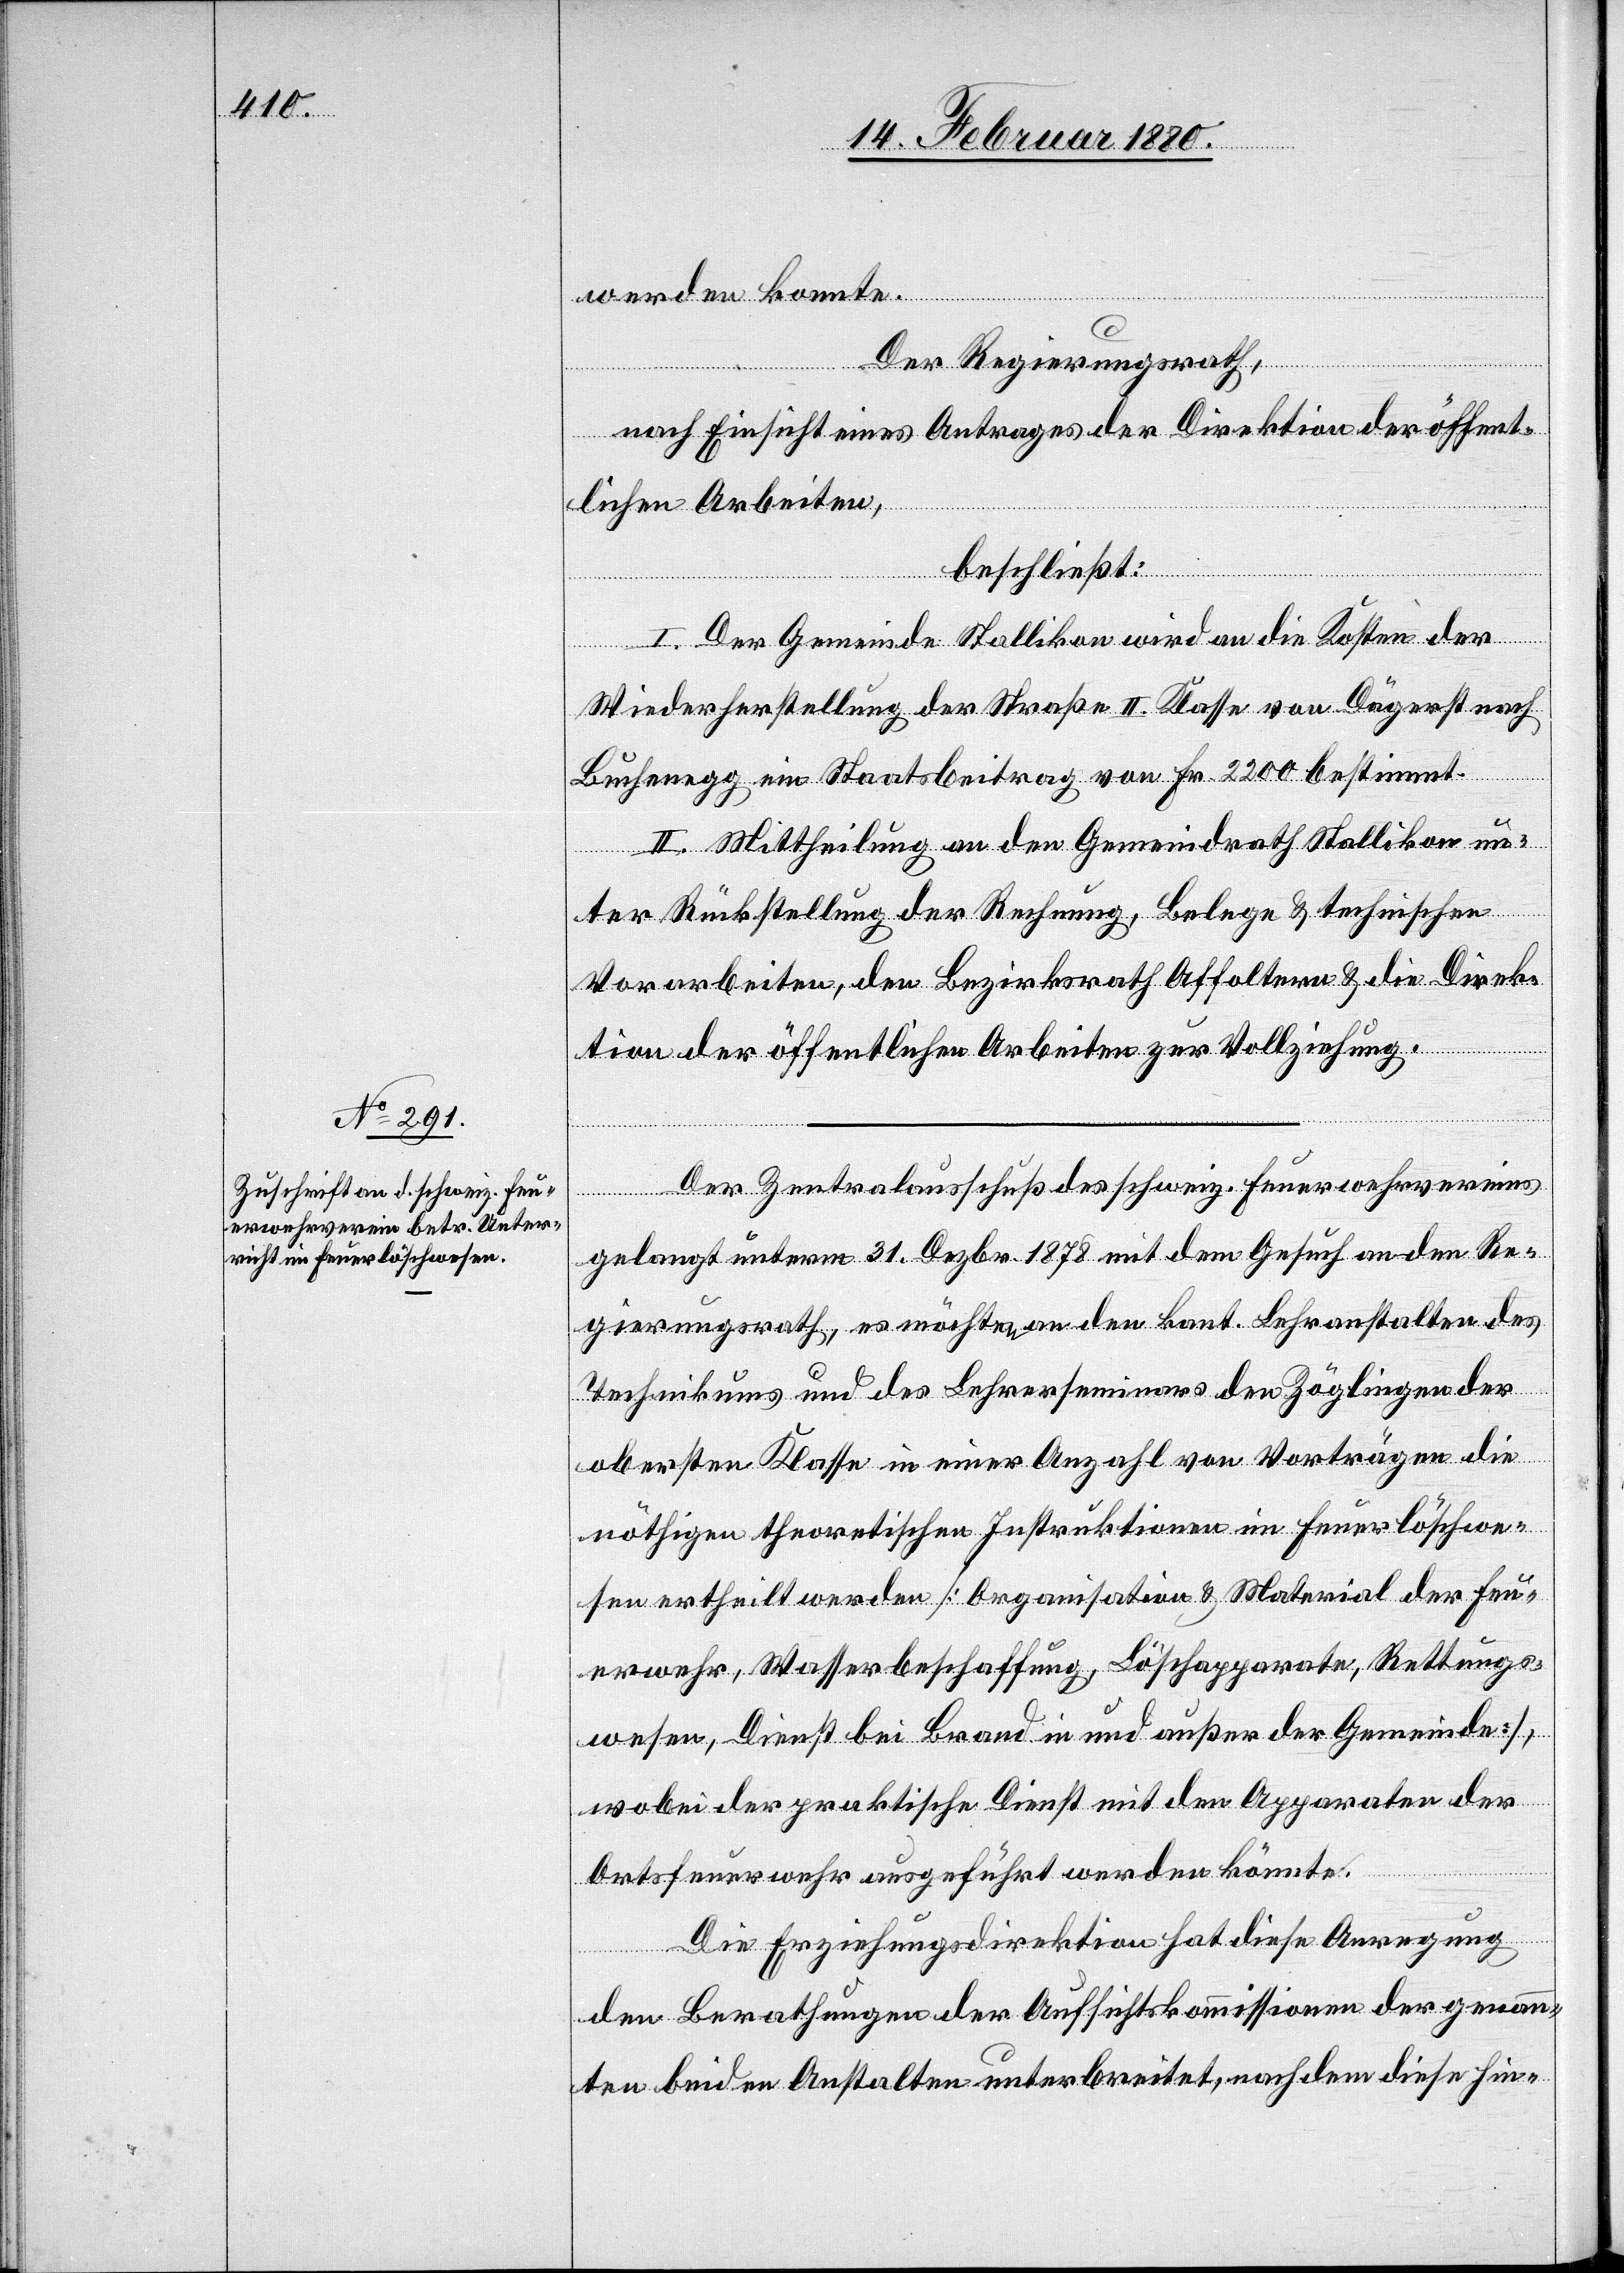
werden konnte.
Der Regierungsrath,
nach Einsicht eines Antrages der Direktion der öffent¬
lichen Arbeiten,
beschließt:
I. Der Gemeinde Stallikon wird an die Kosten der
Wiederherstellung der Straße II. Klasse von Dägerst nach
Buchenegg ein Staatsbeitrag von Fr. 2200 bestimmt.
II. Mittheilung an den Gemeindrath Stallikon un¬
ter Rückstellung der Rechnung, Belege & technischen
Vorarbeiten, den Bezirksrath Affoltern & die Direk¬
tion der öffentlichen Arbeiten zur Vollziehung.
Der Zentralausschuß des schweiz. Feuerwehrvereins
gelangt unterm 31. Dezbr. 1878 mit dem Gesuch an den Re¬
gierungsrath, es möchte den kant. Lehranstalten des
Technikums und des Lehrerseminars den Zöglingen der
obersten Klasse in einer Anzahl von Vorträgen die
nöthigen theoretischen Instruktionen im Feuerlösche¬
n ertheilt werden [Organisation & Material der Feu¬
erwehr, Wasserbeschaffung, Löschapparate, Rettungs¬
wesen, Dienst bei Brand in und außer der Gemeinde],
wobei der praktische Dienst mit den Apparaten der
Ortsfeuerwehr ausgeführt werden könnte.
Die Erziehungsdirektion hat diese Anregung
den Berathungen der Aufsichtskommissionen der genann¬
ten beiden Anstalten unterbreitet, nachdem diese hin-